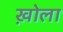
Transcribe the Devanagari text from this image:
ख़ोला